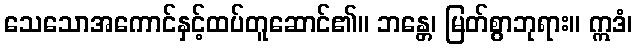
သေသောအကောင်နှင့်ထပ်တူဆောင်၏။ ဘန္တေ၊ မြတ်စွာဘုရား။ ဣဒံ၊